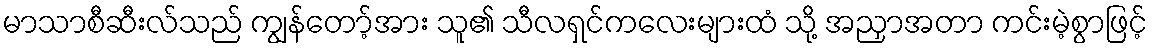
မာသာစီဆီးလ်သည် ကျွန်တော့်အား သူ၏ သီလရှင်ကလေးများထံ သို့ အညှာအတာ ကင်းမဲ့စွာဖြင့်